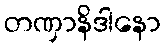
တဏှာနိဒါနော